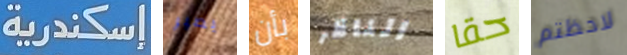
إسكندرية يصير بأن الناظر حقا لاحظتم